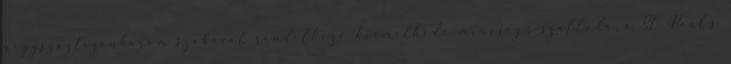
négyszáztizenhárom szobával rendelkező kiemelkedő minőségű szálloda, a St. Paul’s